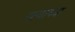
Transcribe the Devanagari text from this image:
रत्याच्या